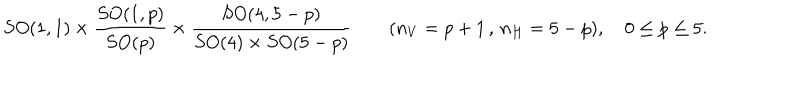
S O ( 1 , 1 ) \times \frac { S O ( 1 , p ) } { S O ( p ) } \times \frac { S O ( 4 , 5 - p ) } { S O ( 4 ) \times S O ( 5 - p ) } \qquad ( n _ { V } = p + 1 \, , \, n _ { H } = 5 - p ) , \quad 0 \leq p \leq 5 .